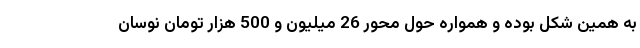
به همین شکل بوده و همواره حول محور 26 میلیون و 500 هزار تومان نوسان